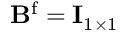
\mathbf { B } ^ { \mathrm { f } } = \mathbf { I } _ { 1 \times 1 }